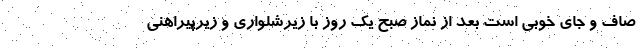
صاف و جای خوبی است بعد از نماز صبح یک روز با زیرشلواری و زیرپیراهنی